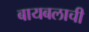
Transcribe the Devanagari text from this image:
बायबलाची